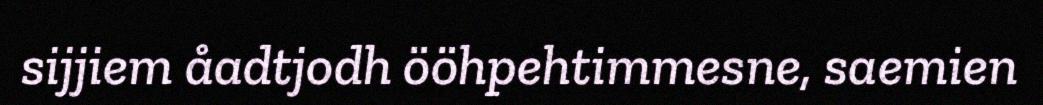
sijjiem åadtjodh ööhpehtimmesne, saemien